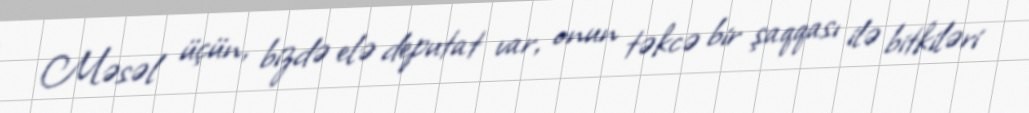
Məsəl üçün, bizdə elə deputat var, onun təkcə bir şaqqası ilə bitkiləri